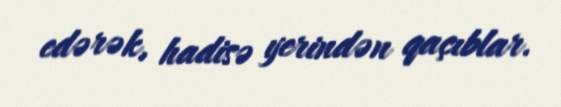
edərək, hadisə yerindən qaçıblar.